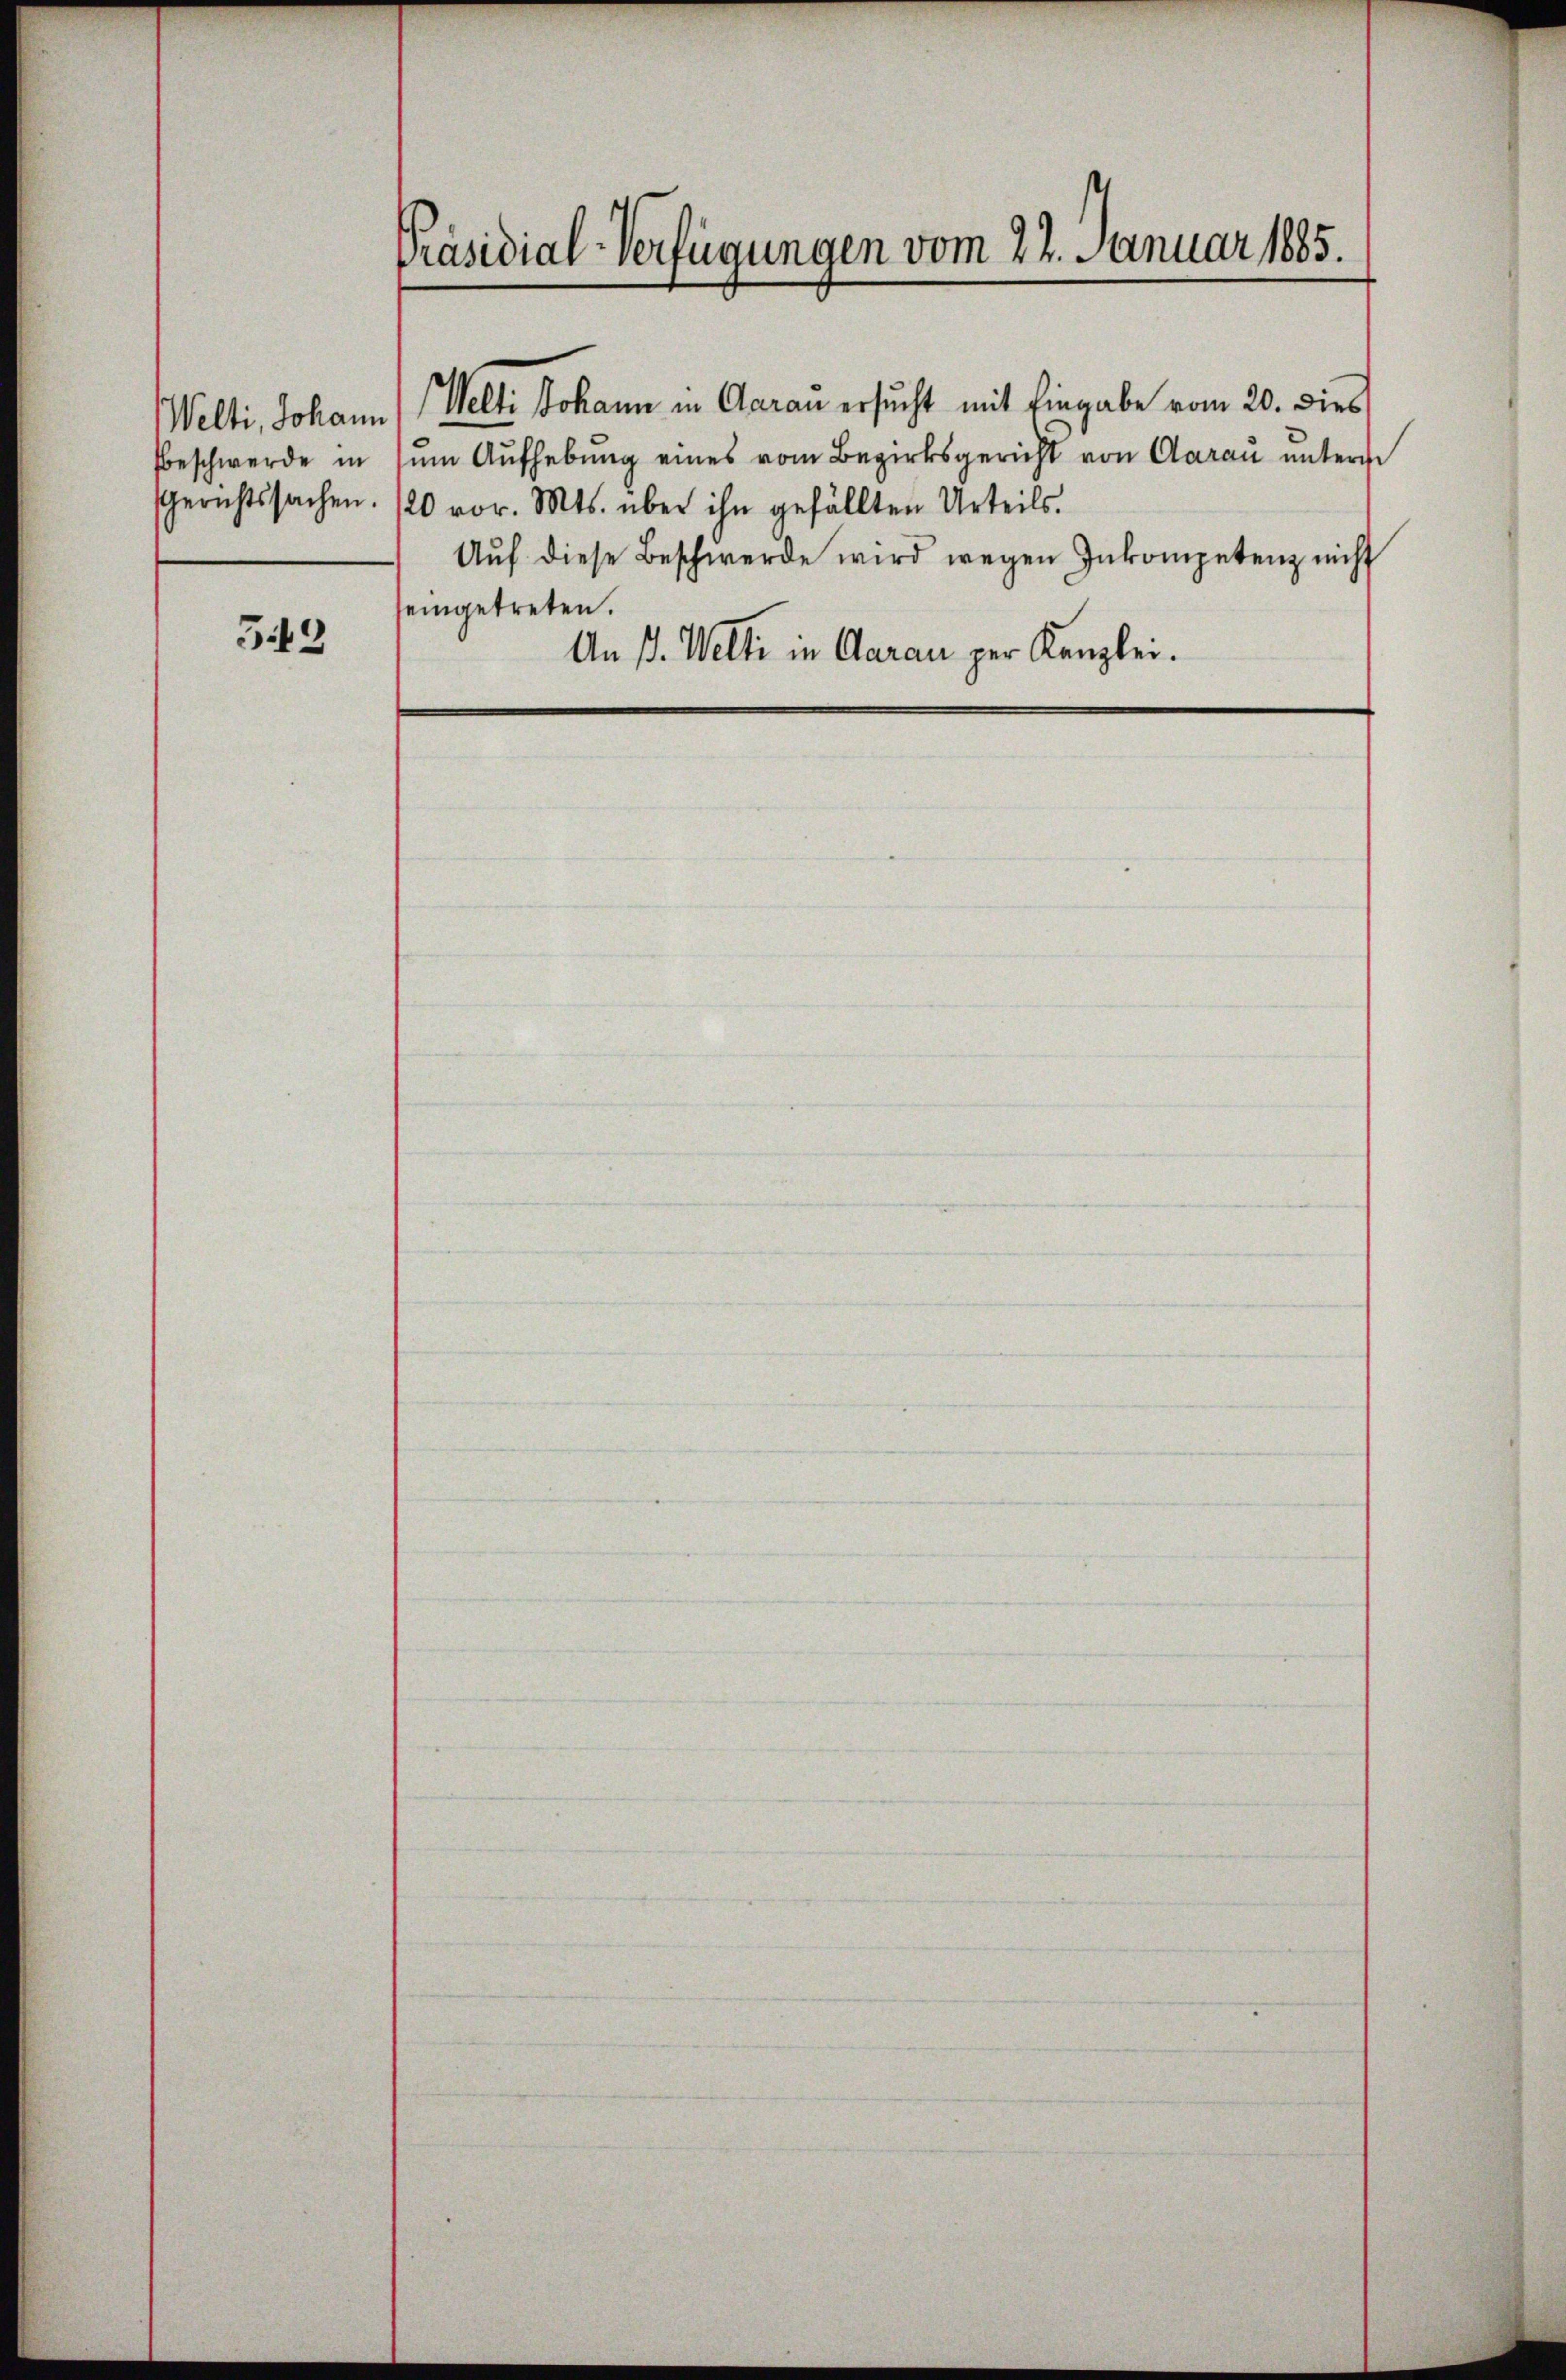
Gerichtssachen.

549

Präsidial-Verfügungen vom 22. Januar 1885.

Welti, Johann (Welti Johann in Garan ersucht mit Eingabe vom 20. dies
beschwerde in sein Aufhebung eines vom Bezirksgericht von Aarau unterne
/20 vor. Mts. über ihn gefällten Urteils.
Aŭf diese Beschwerde wird wegen Inkompetenz nicht
seingetreten.
An ß. Welti in Aarau per Kanzlei.